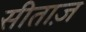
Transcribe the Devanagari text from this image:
सीताज़